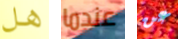
هل عندما عن